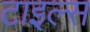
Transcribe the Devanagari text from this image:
टाइल्‍स